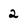
Character: 2